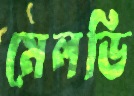
মেলডি